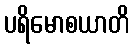
ပရိမောစယာတိ